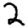
Digit: 2